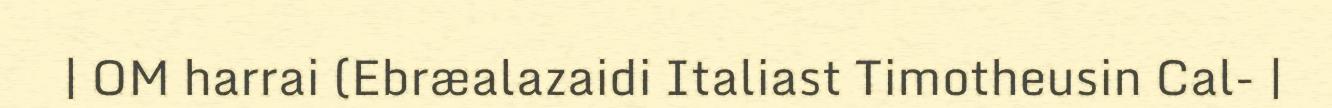
| OM harrai (Ebræalazaidi Italiast Timotheusin Cal- |